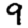
Digit: 9